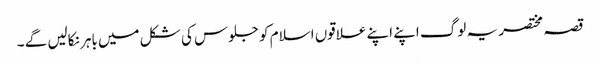
قصہ مختصر یہ لوگ اپنے اپنے علاقوں اسلام کو جلوس کی شکل میں باہر نکالیں گے ۔